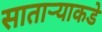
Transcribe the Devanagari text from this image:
साताऱ्याकडे